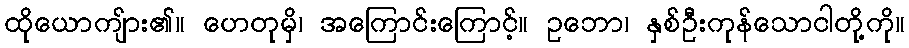
ထိုယောကျ်ား၏။ ဟေတုမှိ၊ အကြောင်းကြောင့်။ ဥဘော၊ နှစ်ဦးကုန်သောငါတို့ကို။